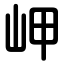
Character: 岬